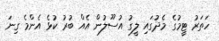
ހަތަރު ޓީމުގެ މެދުގައި ލީގު އުސޫލުން އެއް ބުރު ކުޅެ އެންމެ ގިނަ